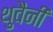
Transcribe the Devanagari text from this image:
थुवैनी